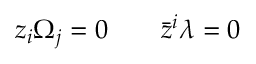
z _ { i } \Omega _ { j } = 0 \qquad \bar { z } ^ { i } \lambda = 0